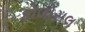
કોલોસલ